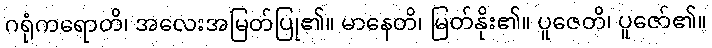
ဂရုံကရောတိ၊ အလေးအမြတ်ပြု၏။ မာနေတိ၊ မြတ်နိုး၏။ ပူဇေတိ၊ ပူဇော်၏။